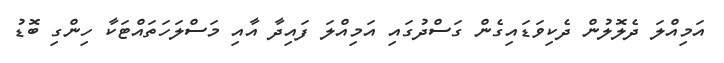
އަމިއްލަ ދެލޮލުން ދެކިވަޑައިގެން ގަސްދުގައި އަމިއްލަ ފައިދާ އާއި މަސްލަހަތައްޓަކާ ހިންގި ބޮޑު